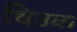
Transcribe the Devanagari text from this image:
थिउक